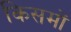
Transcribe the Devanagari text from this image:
किसमों